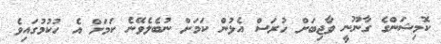
ކޮމިޝަންގެ ގާނޫނީ ވާޖިބަށް ހުރަސް އެޅުން ކަމަށް ނުބެލެވޭނެ ކަމަށް އެ ހުކުމުގައިވެ